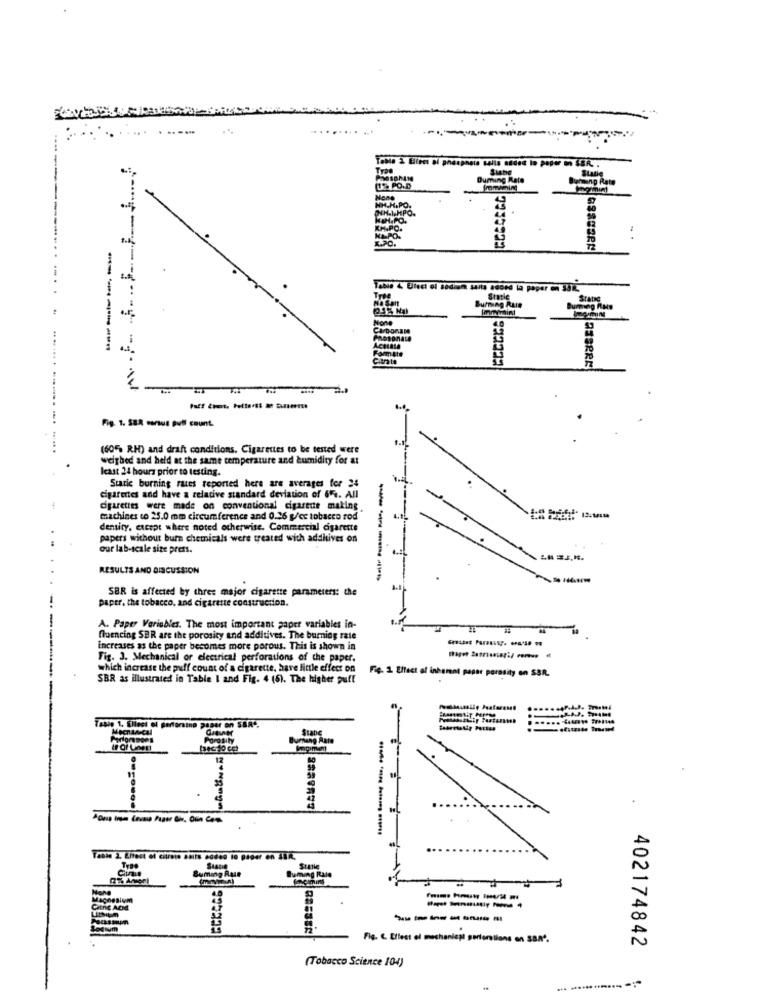
M.F. 4 ... FF1%
Siste
Statie
Duming Rate
Jarmanp Rate
1% PO.D
Tree
Static
Static
Buiming Rule
---------
Aconta
Form Att
-
Fig. 1. SER carus pull count.
(60"> RH) and draft conditions. Cigarettes to be tested were
weighed and held at the same temperature and humidity for at
least 24 hours prior to testing.
Staric burning rates reported here are averages for 24
cigarettes and have a relative standard deviation of 65%. All
cigarettes were made on conventional cigarette making.
machines to 25.0 mm circumference and 0.26 g/cc tobacco rod
density, except where noted otherwise. Commercial cigarette
papers without burn chemicals were treated with additives on
our lab-scale size prett.
RESULTS AND DISCUSSION
------
SBR is affected by three major cigarette parameters: the
paper. the tobacco, and cigarette construction.
A. Paper Variables. The most important paper variables in-
fluencing SER are the porosity and additives. The burning rate
increases as the paper becomes more porous. This is shown in
Fig. 3. Mechanical or electrical perforations of the paper.
which increase the puff count of a cigarette, have little effect on
Fig. 1. Effect of inherent paper porosity en SBR.
SBR as illustrated in Table I and Fig. 4 (5). The higher puff
........
Tasio 1, Elleci Gi Bertoratno pasar on SER".
Mechanical
Stabe
Stalle
Buming Rale
------
Fig. 6. Elleet el mechaniest perforilans en SBR'.
402174842
(Tobacco Science 104)